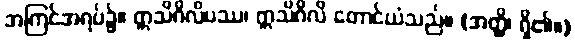
အကြင်အရပ်၌။ ဣသိဂိလိပဿ၊ ဣသိဂိလိ တောင်ယံသည်။ (အတ္ထိ၊ ရှိ၏။)